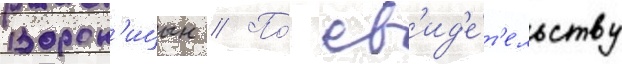
Ворон'ицын // По́ св'ид'е́т'ельству